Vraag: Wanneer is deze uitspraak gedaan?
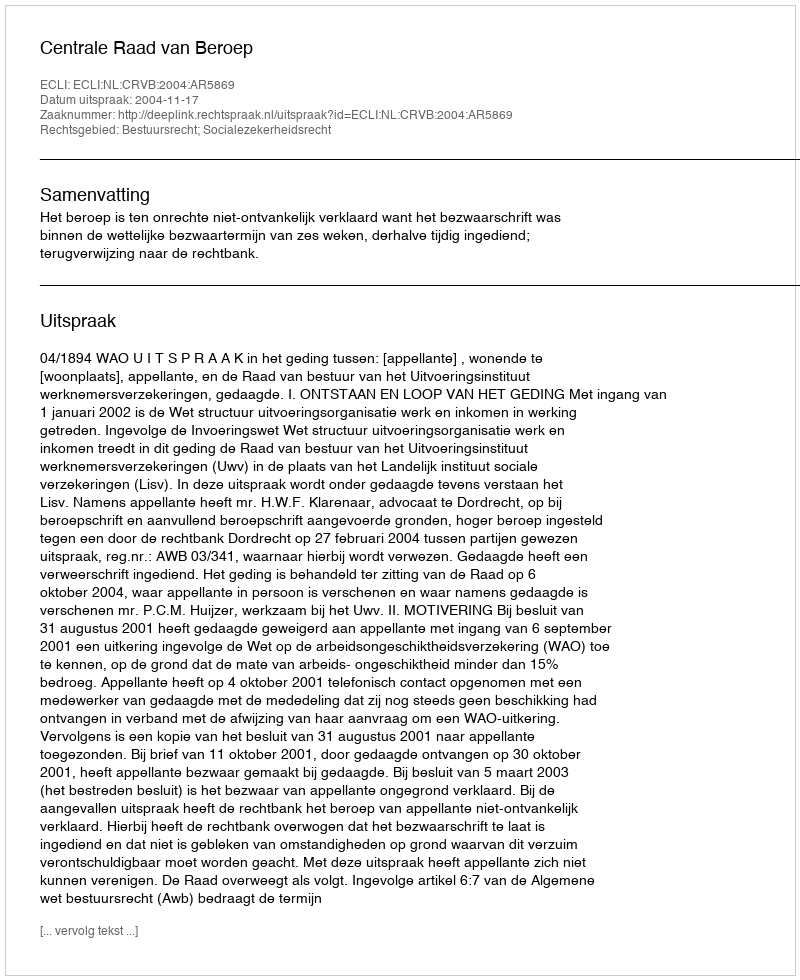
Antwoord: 2004-11-17